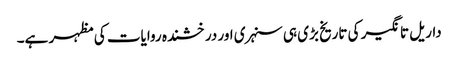
داریل تانگیر کی تاریخ بڑی ہی سنہری اور درخشندہ روایات کی مظہر ہے۔